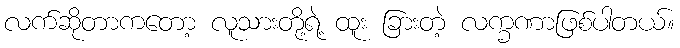
လက်ဆိုတာကတော့ လူသားတို့ရဲ့ ထူး ခြားတဲ့ လက္ခဏာဖြစ်ပါတယ်။